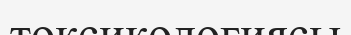
токсикологиясы